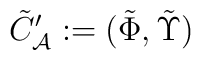
\tilde {C}'_{\cal A} : =(\tilde{\Phi},  \tilde{\Upsilon}  )